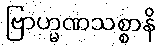
ဗြာဟ္မဏသစ္စာနိ